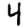
Digit: 4